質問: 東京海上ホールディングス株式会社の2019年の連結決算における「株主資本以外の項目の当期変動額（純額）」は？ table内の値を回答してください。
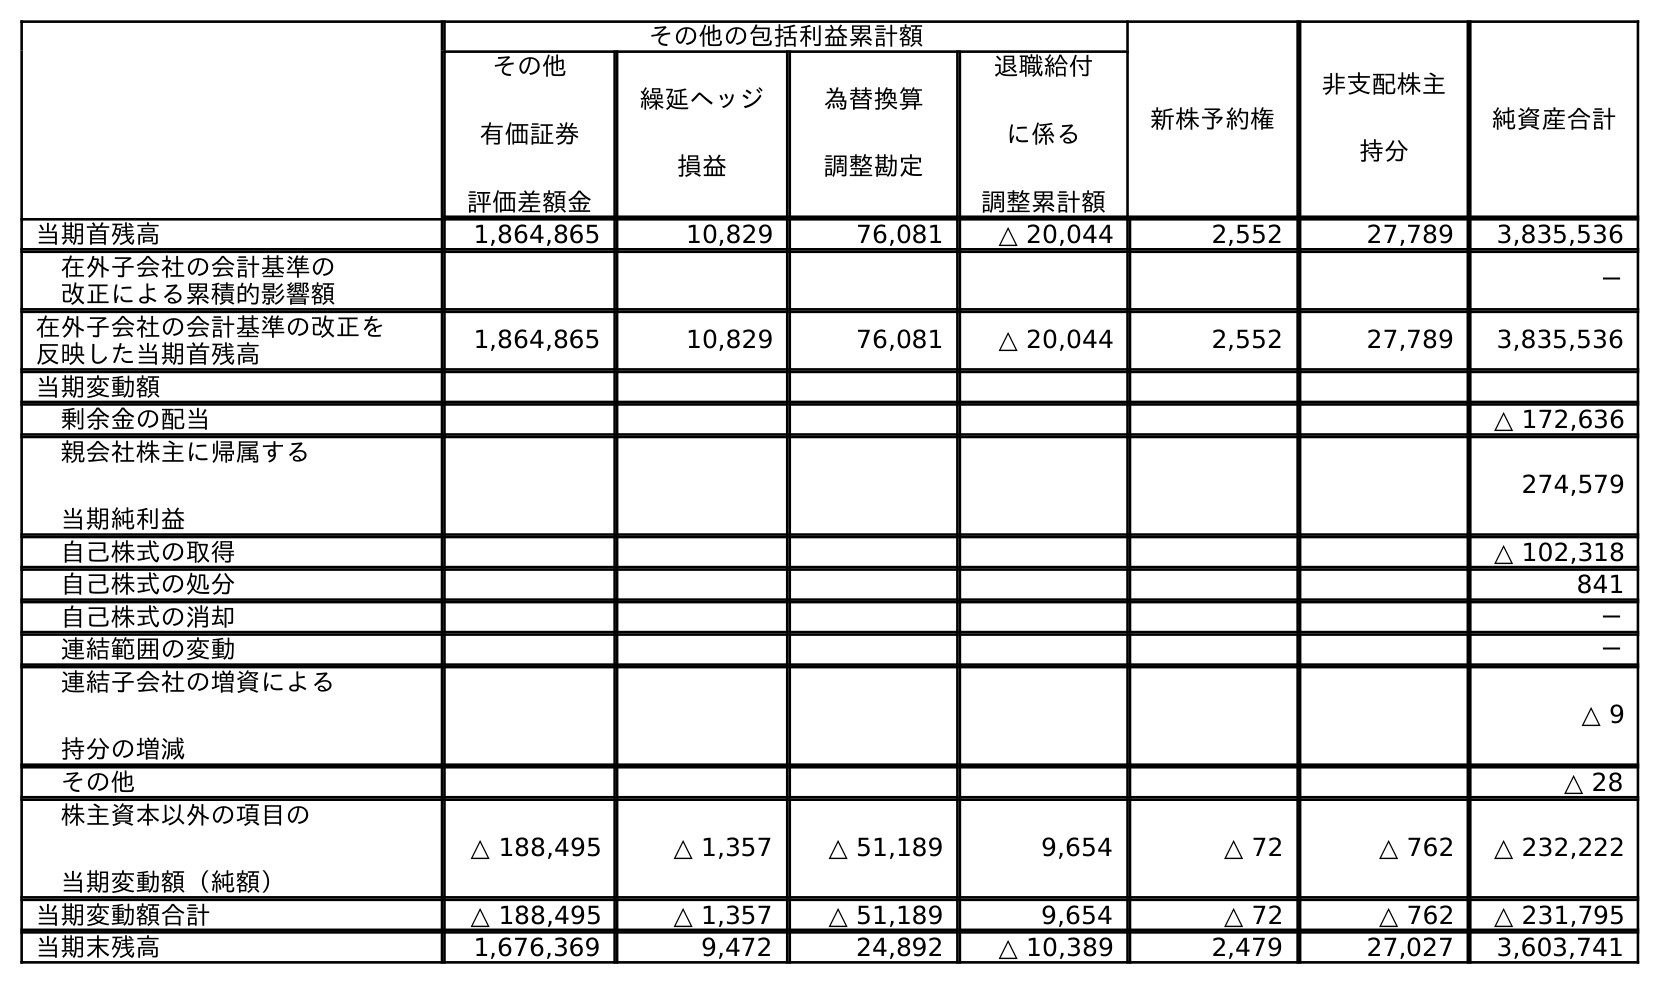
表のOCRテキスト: その他の包括利益累計額 新株予約権 非支配株主 持分 純資産合計 その他 有価証券 評価差額金 繰延ヘッジ 損益 為替換算 調整勘定 退職給付 に係る 調整累計額 当期首残高 1,864,865 10,829 76,081 △ 20,044 2,552 27,789 3,835,536 在外子会社の会計基準の 改正による累積的影響額 － 在外子会社の会計基準の改正を 反映した当期首残高 1,864,865 10,829 76,081 △ 20,044 2,552 27,789 3,835,536 当期変動額 剰余金の配当 △ 172,636 親会社株主に帰属する 当期純利益 274,579 自己株式の取得 △ 102,318 自己株式の処分 841 自己株式の消却 － 連結範囲の変動 － 連結子会社の増資による 持分の増減 △ 9 その他 △ 28 株主資本以外の項目の 当期変動額（純額） △ 188,495 △ 1,357 △ 51,189 9,654 △ 72 △ 762 △ 232,222 当期変動額合計 △ 188,495 △ 1,357 △ 51,189 9,654 △ 72 △ 762 △ 231,795 当期末残高 1,676,369 9,472 24,892 △ 10,389 2,479 27,027 3,603,741
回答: △232,222